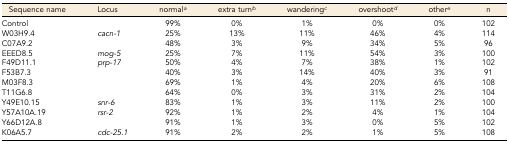
<table><thead><tr><td><b>Sequence name</b></td><td><b>Locus</b></td><td><b>normal)<i><sup>a</sup></i></b></td><td><b>extra turn<i><sup>b</sup></i></b></td><td><b>wandering<i><sup>c</sup></i></b></td><td><b>overshoot<i><sup>d</sup></i></b></td><td><b>other<i><sup>e</sup></i></b></td><td><b>n</b></td></tr></thead><tbody><tr><td>Control</td><td></td><td>99%</td><td>0%</td><td>1%</td><td>0%</td><td>0%</td><td>102</td></tr><tr><td>W03H9.4</td><td><i>cacn-1</i></td><td>25%</td><td>13%</td><td>11%</td><td>46%</td><td>4%</td><td>114</td></tr><tr><td>C07A9.2</td><td></td><td>48%</td><td>3%</td><td>9%</td><td>34%</td><td>5%</td><td>96</td></tr><tr><td>EEED8.5</td><td><i>mog-5</i></td><td>25%</td><td>7%</td><td>11%</td><td>54%</td><td>3%</td><td>100</td></tr><tr><td>F49D11.1</td><td><i>prp-17</i></td><td>50%</td><td>4%</td><td>7%</td><td>38%</td><td>1%</td><td>102</td></tr><tr><td>F53B7.3</td><td></td><td>40%</td><td>3%</td><td>14%</td><td>40%</td><td>3%</td><td>91</td></tr><tr><td>M03F8.3</td><td></td><td>69%</td><td>1%</td><td>4%</td><td>20%</td><td>6%</td><td>108</td></tr><tr><td>T11G6.8</td><td></td><td>64%</td><td>0%</td><td>3%</td><td>31%</td><td>2%</td><td>104</td></tr><tr><td>Y49E10.15</td><td><i>snr-6</i></td><td>83%</td><td>1%</td><td>3%</td><td>11%</td><td>2%</td><td>100</td></tr><tr><td>Y57A10A.19</td><td><i>rsr-2</i></td><td>92%</td><td>1%</td><td>2%</td><td>4%</td><td>1%</td><td>104</td></tr><tr><td>Y66D12A.8</td><td></td><td>91%</td><td>1%</td><td>3%</td><td>0%</td><td>5%</td><td>102</td></tr><tr><td>K06A5.7</td><td><i>cdc-25.1</i></td><td>91%</td><td>2%</td><td>2%</td><td>1%</td><td>5%</td><td>108</td></tr></tbody></table>